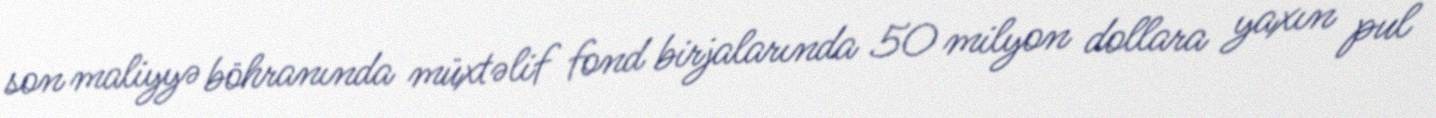
son maliyyə böhranında müxtəlif fond birjalarında 50 milyon dollara yaxın pul